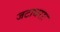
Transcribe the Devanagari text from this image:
जटाधराः